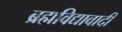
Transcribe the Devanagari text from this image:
ब्रह्मविद्यावादी